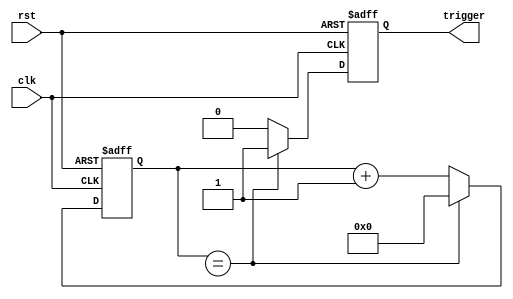
module IntervalTimer(
    input wire clk,
    input wire rst,
    output reg trigger
);

reg [31:0] count;
reg [31:0] interval;

always @ (posedge clk or posedge rst)
begin
    if (rst)
        count <= 0;
    else if (count == interval)
        count <= 0;
    else
        count <= count + 1;
end

always @ (posedge clk or posedge rst)
begin
    if (rst)
        trigger <= 0;
    else if (count == interval)
        trigger <= 1;
    else
        trigger <= 0;
end

endmodule